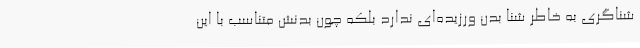
شناگری به‌ خاطر شنا بدن ورزیده‌ای ندارد بلکه چون بدنش متناسب با این